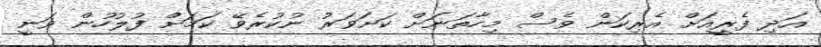
އަދި ފެރީއަށް އެރިކަން ވެސް މިހާތަނަށް ކަށަވަރު ނުކުރެވޭ ކަމަށް ފުލުހުން ވަނީ